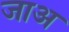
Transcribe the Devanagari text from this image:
जाअ